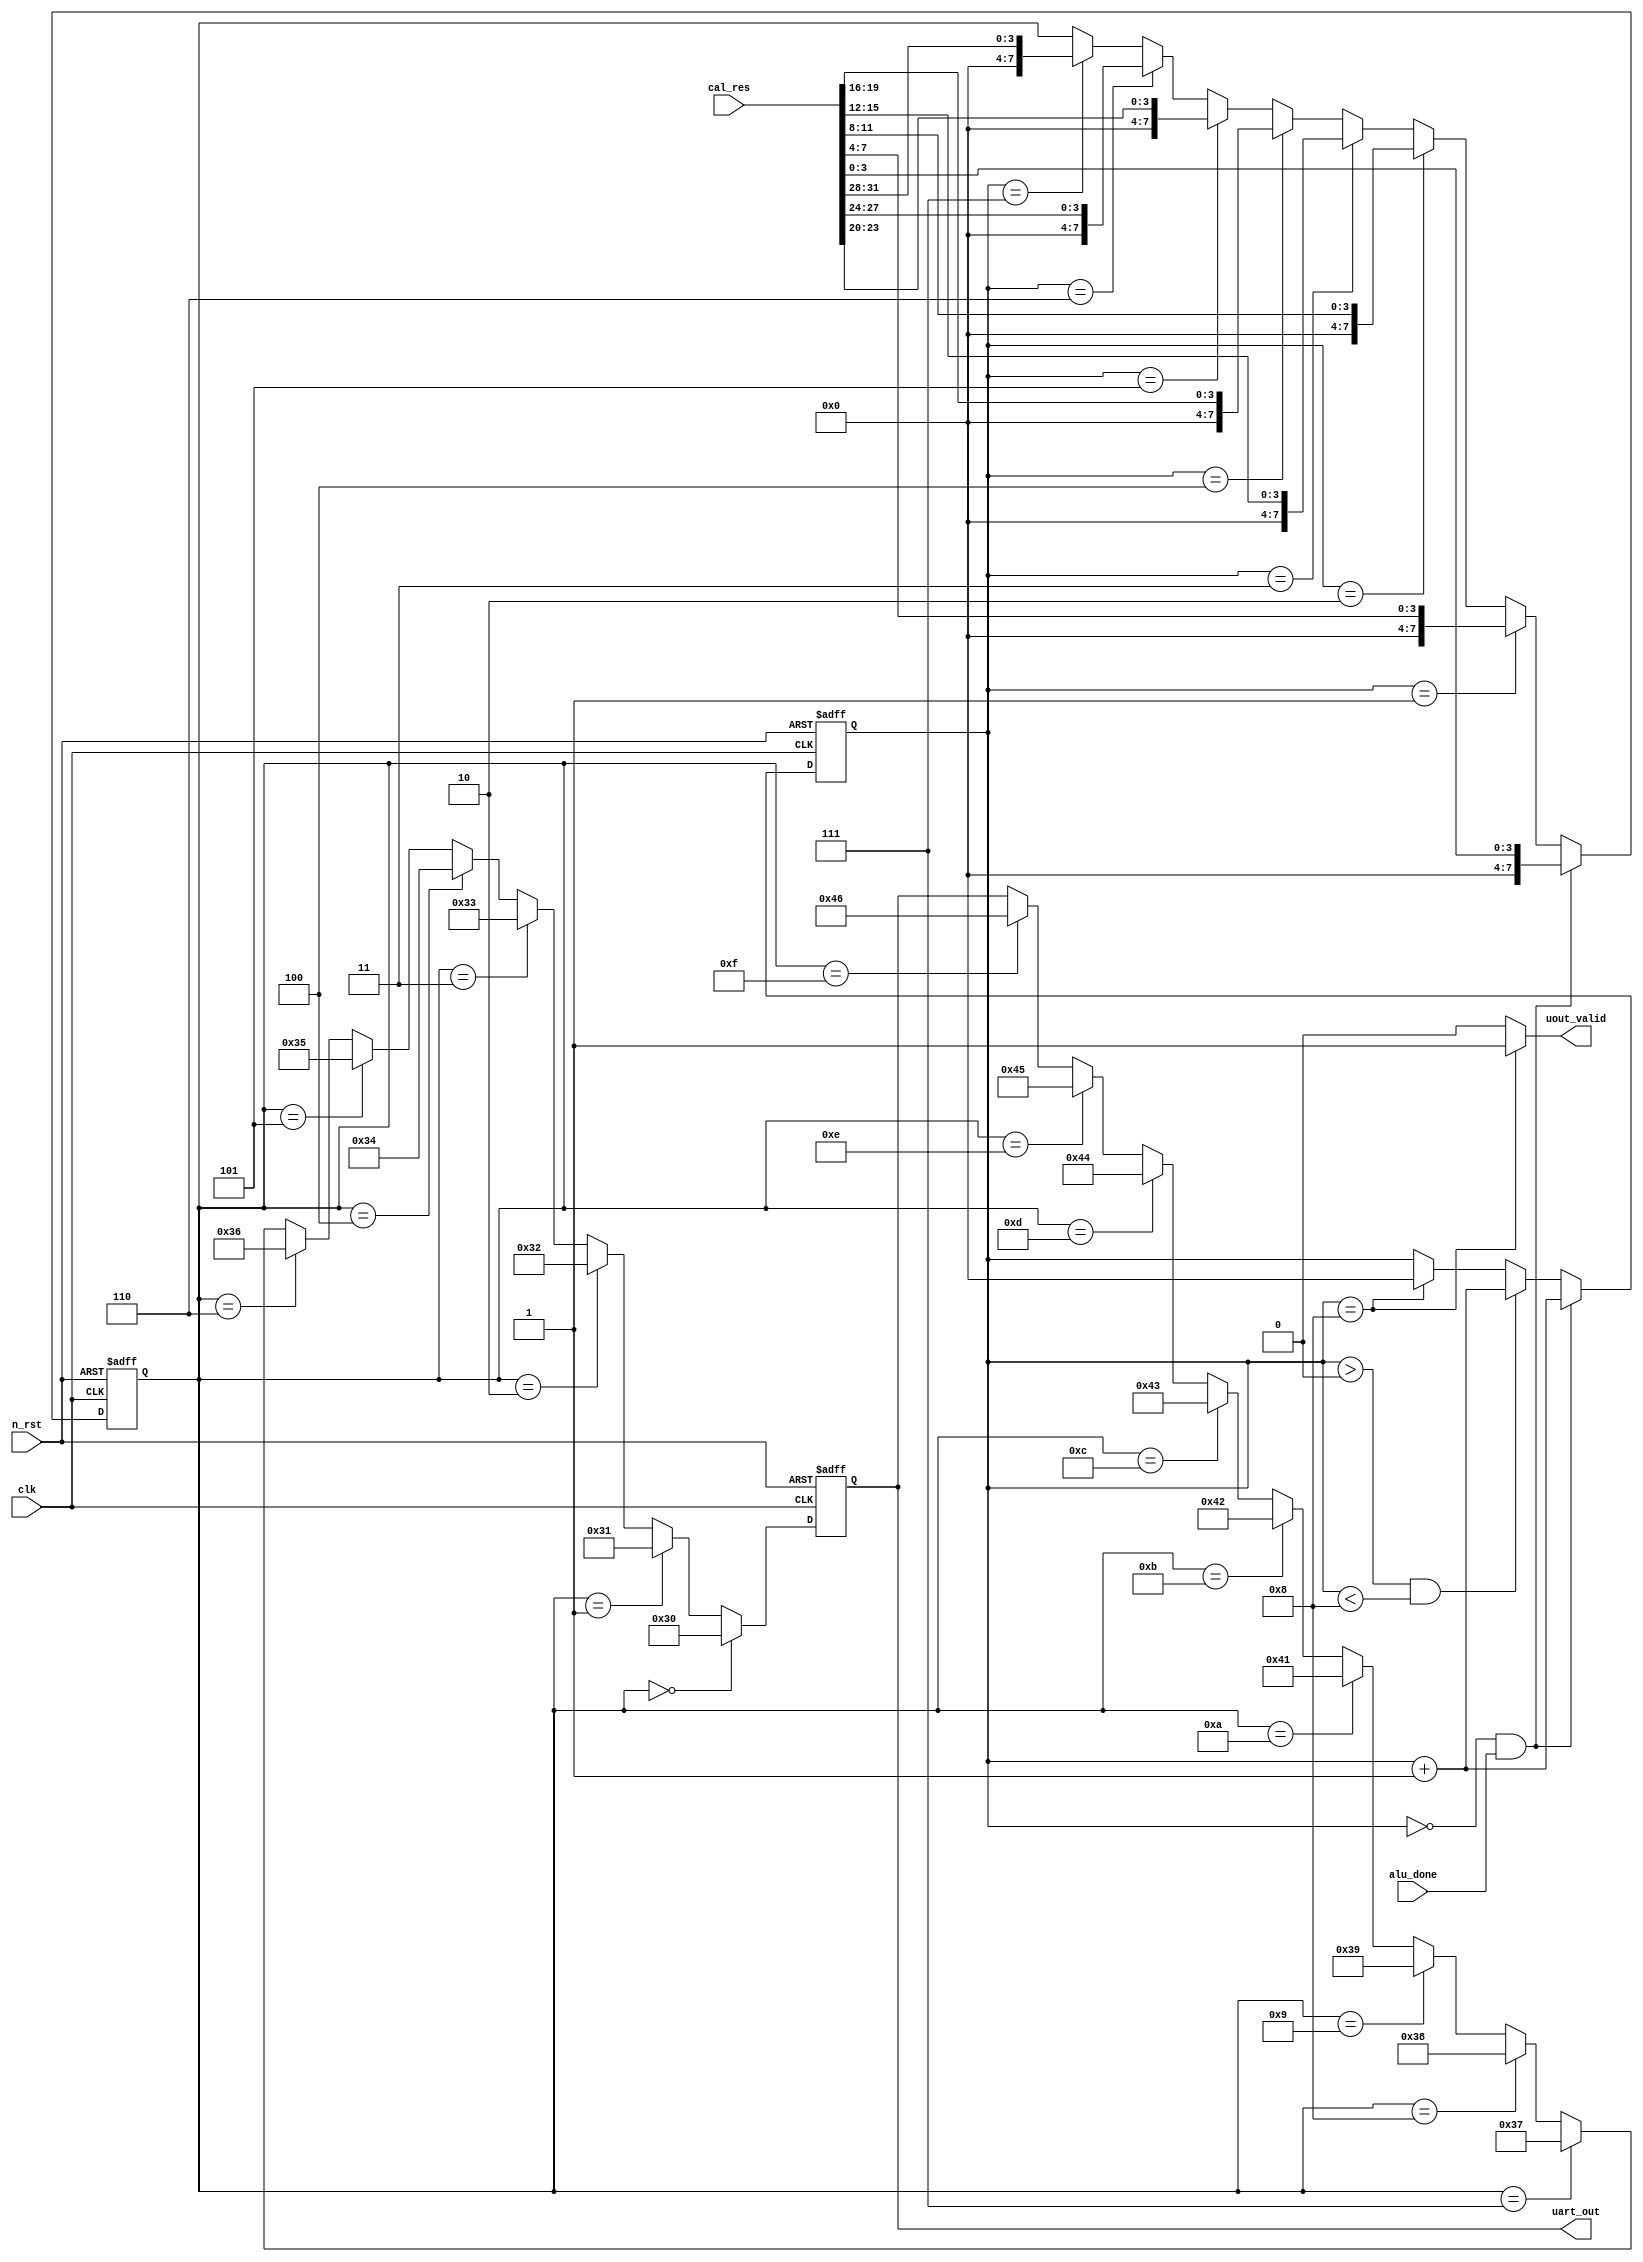
module encoder (
    input clk,
    input n_rst,
    input alu_done,
    input [31:0] cal_res,
    output reg [7:0] uart_out,
    output uout_valid
);

reg [3:0] cnt;
reg [7:0] cal_data;

always @(posedge clk or negedge n_rst)
    if(!n_rst)
        cnt <= 4'h0;
    else begin
        if((cnt == 4'h0) && (alu_done == 1'b1))
            cnt <= cnt + 4'h1;
        else if((cnt > 4'h0) && (cnt < 4'h8))
            cnt <= cnt + 4'h1;
        else if(cnt == 4'h8)
            cnt <= 4'h0;
    end

always @(posedge clk or negedge n_rst)
    if(!n_rst)
        cal_data = 8'h0;
    else begin
        if((cnt == 4'h0) && (alu_done == 1'b1))
            cal_data <= {4'b0, cal_res[3:0]};
        else if(cnt == 4'h1)
            cal_data <= {4'b0, cal_res[7:4]};
        else if(cnt == 4'h2)
            cal_data <= {4'b0, cal_res[11:8]};
        else if(cnt == 4'h3)
            cal_data <= {4'b0, cal_res[15:12]};
        else if(cnt == 4'h4)
            cal_data <= {4'b0, cal_res[19:16]};
        else if(cnt == 4'h5)
            cal_data <= {4'b0, cal_res[23:20]};
        else if(cnt == 4'h6)
            cal_data <= {4'b0, cal_res[27:24]};
        else if(cnt == 4'h7)
            cal_data <= {4'b0, cal_res[31:28]};
    end

always @(posedge clk or negedge n_rst)
    if(!n_rst)
        uart_out <= 8'h0;
    else begin
        if(cal_data == 8'h0)
            uart_out <= 8'h30;
        else if(cal_data == 8'h1)
            uart_out <= 8'h31;
        else if(cal_data == 8'h2)
            uart_out <= 8'h32;
        else if(cal_data == 8'h3)
            uart_out <= 8'h33;
        else if(cal_data == 8'h4)
            uart_out <= 8'h34;
        else if(cal_data == 8'h5)
            uart_out <= 8'h35;
        else if(cal_data == 8'h6)
            uart_out <= 8'h36;
        else if(cal_data == 8'h7)
            uart_out <= 8'h37;
        else if(cal_data == 8'h8)
            uart_out <= 8'h38;
        else if(cal_data == 8'h9)
            uart_out <= 8'h39;
        else if(cal_data == 8'hA)
            uart_out <= 8'h41;
        else if(cal_data == 8'hB)
            uart_out <= 8'h42;
        else if(cal_data == 8'hC)
            uart_out <= 8'h43;
        else if(cal_data == 8'hD)
            uart_out <= 8'h44;
        else if(cal_data == 8'hE)
            uart_out <= 8'h45;
        else if(cal_data == 8'hF)
            uart_out <= 8'h46;       
    end

assign uout_valid = (cnt == 4'h8)? 1'b1 : 1'b0;

endmodule